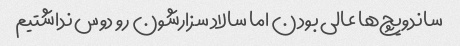
ساندویچ‌ها عالی بودن اما سالاد سزارشون رو دوس نداشتیم